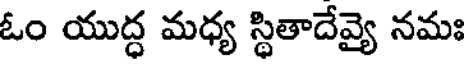
ఓం యుద్ధ మధ్య స్థితాదేవ్యై నమః